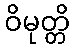
ဝိမုတ္တိ